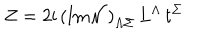
Z = 2 \mathrm { i } \, \left( \mathrm { I m } { \cal N } \right) _ { \Lambda \Sigma } \, L ^ { \Lambda } \, t ^ { \Sigma }